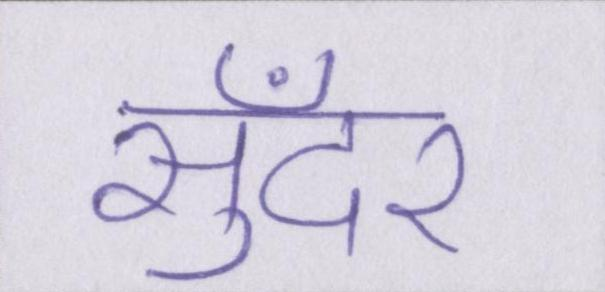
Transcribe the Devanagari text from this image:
सुँदर